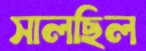
সালছিল